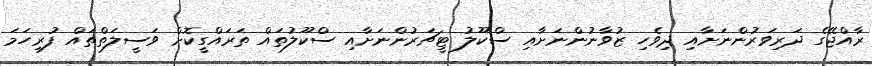
ރާއްޖޭގެ ދަރިވަރުންނަށާއި ދިވެހި ޒުވާނުންނަށާއި ސްކޫލު ޓީޗަރުންނަށާއި ސްކޫލުތައް ތަރައްގީކޮށް ވަސީލަތްތައް ފުރިހަމަ